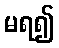
မရ၍